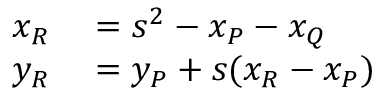
\begin{array} { r l } { x _ { R } } & { { } = s ^ { 2 } - x _ { P } - x _ { Q } } \\ { y _ { R } } & { { } = y _ { P } + s ( x _ { R } - x _ { P } ) } \end{array}